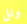
ونل